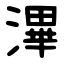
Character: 滭